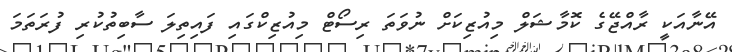
އޭނާއަކީ ރާއްޖޭގެ ކޮމާޝަލް މިއުޒިކަށް ނުވަތަ ރިސޯޓް މިއުޒިކްގައި ފައިތިލަ ސާބިތުކުރި ފުރަތަމަ